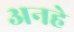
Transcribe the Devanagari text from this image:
अनहे